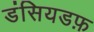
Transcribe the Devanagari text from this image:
डंसियडफ़